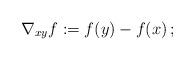
LaTeX: \begin{align*}\nabla_{xy} f:= f(y)-f(x)\,;\end{align*}